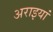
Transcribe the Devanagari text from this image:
अराइयां